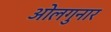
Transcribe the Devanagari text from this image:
ओलगुनार